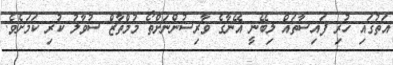
އަތުގައި ހުރި ފައިސާތައް ލިބޭނީ އޭނާގެ ވާރިސުންނަށްތޯ މުމްތާޒް ސުވާލު ކުރި ކަމަށެވެ.